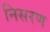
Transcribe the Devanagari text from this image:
निसरण